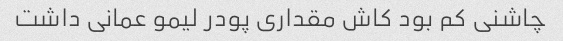
چاشنی کم بود کاش مقداری پودر لیمو عمانی داشت